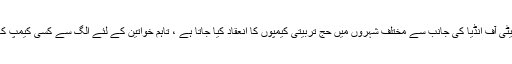
سفر حج سے قبل حج کمیٹی آف انڈیا کی جانب سے مختلف شہروں میں حج تربیتی کیمپوں کا انعقاد کیا جاتا ہے ، تاہم خواتین کے لئے الگ سے کسی کیمپ کا اہتمام نہیں کیا جاتا ہے۔